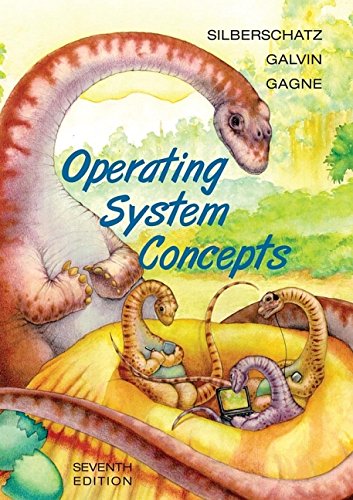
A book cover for Operating System Concepts, Seventh Edition; Abraham Silberschatz; Computers & Technology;